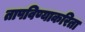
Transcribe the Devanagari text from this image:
तापविण्याकरिता